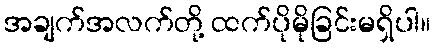
အချက်အလက်တို့ ထက်ပိုမိုခြင်းမရှိပါ။